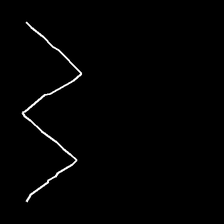
Glyph: crush